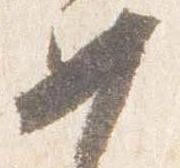
如